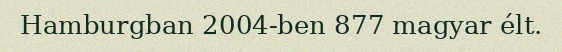
Hamburgban 2004-ben 877 magyar élt.